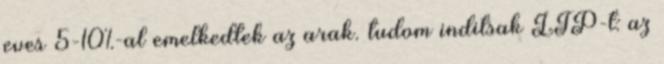
eves 5-10%-al emelkedtek az arak. tudom inditsak LTP-t: az